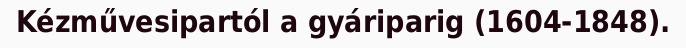
Kézművesipartól a gyáriparig (1604-1848).